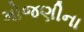
મોજણીના